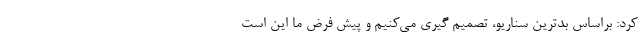
کرد: براساس بدترین سناریو، تصمیم گیری می‌کنیم و پیش فرض ما این است